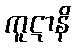
ကူဋာနိ